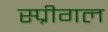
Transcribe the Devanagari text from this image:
स्प्रीगल